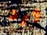
ورد